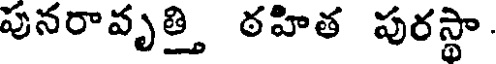
పునరావృత్తి ఠహిత పురస్థా.